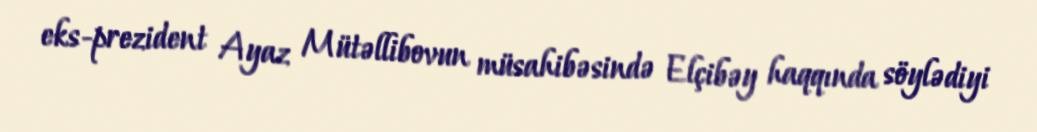
eks-prezident Ayaz Mütəllibovun müsahibəsində Elçibəy haqqında söylədiyi